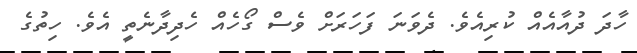
ހާދަ ދުއާއެއް ކުރިއެވެ. ދެވަނަ ފަހަރަށް ވެސް ގޯހެއް ހެދިދާނެތީ އެވެ. ހިތުގެ